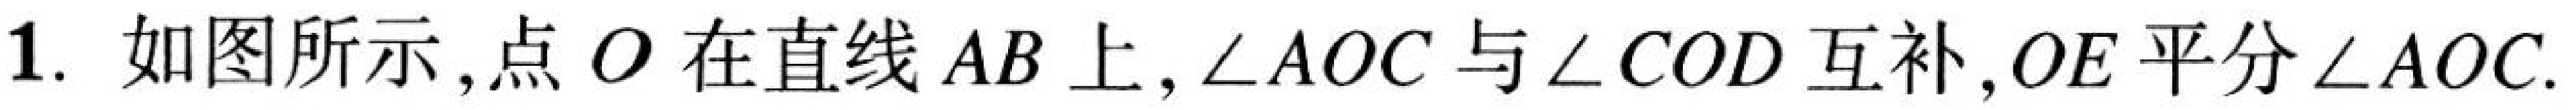
1. 如图所示，点$O$在直线$AB$上，$\angle AOC$与$\angle COD$互补，$OE$平分$\angle AOC$.